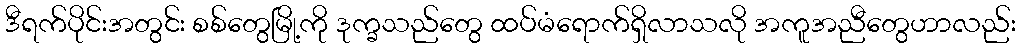
ဒီရက်ပိုင်းအတွင်း စစ်တွေမြို့ကို ဒုက္ခသည်တွေ ထပ်မံရောက်ရှိလာသလို အကူအညီတွေဟာလည်း